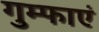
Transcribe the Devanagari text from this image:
गुम्फाएं